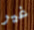
غير